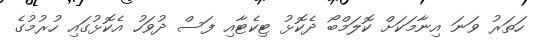
ހަތަރު ވަނަ އިނާމަކަށް ކޮލަމްބޯ ދެކޮޅު ޓިކެޓާއި ފަސް ދުވަހު އެކޮޅުގައި ހުރުމުގެ